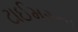
ટાઈમરના